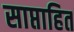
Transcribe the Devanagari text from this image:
साप्ताहित